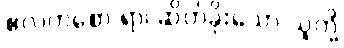
ဧလကစော ရာ၊ ဆိတ်ခိုးသော သူတို့